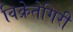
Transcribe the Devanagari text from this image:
विक्रेतेगिरी